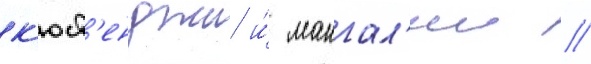
к'юст'енджи и́ мангал'ии //